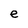
Character: e